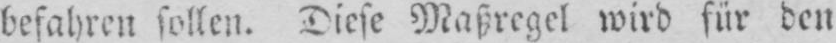
befahren sollen. Diese Maßregel wird für den